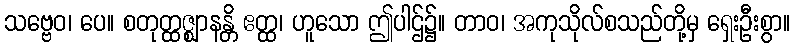
သဗ္ဗေဝ၊ ပေ။ စတုတ္ထဇ္ဈာနန္တိ ဧတ္ထ၊ ဟူသော ဤပါဌ်၌။ တာဝ၊ အကုသိုလ်စသည်တို့မှ ရှေးဦးစွာ။